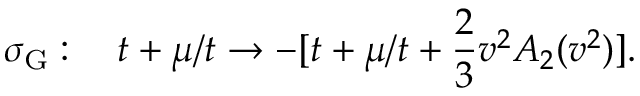
\sigma _ { \mathrm G } : \quad t + \mu / t \to - [ t + \mu / t + \frac { 2 } { 3 } v ^ { 2 } A _ { 2 } ( v ^ { 2 } ) ] .